Annual report of the Imperial Bacteriological Laboratory, Muktesar
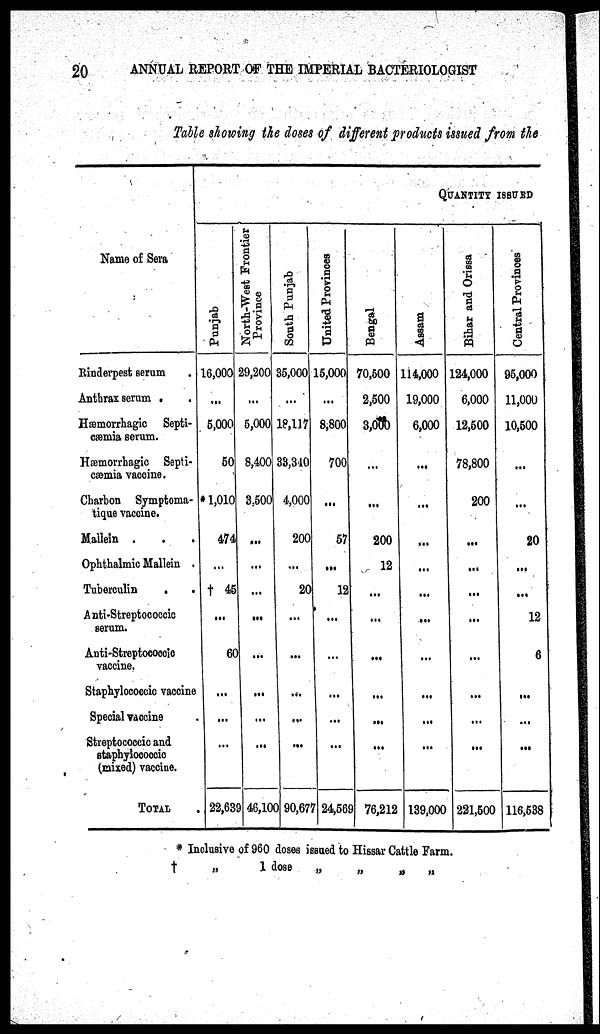
20
ANNUAL REPORT OF THE IMPERIAL BACTERIOLOGIST
Table showing the doses of different products issued from the
Name of Sera
Rinderpest serum
Anthrax serum
Hæmorrhagic Septi-
cæmia serum.
Hæmorrhagic Septi-
cæmia vaccine.
Charbon Symptoma¬
tique vaccine.
Mallein
Ophthalmic Mallein
Tuberculin
Anti-Streptococcic
serum.
Anti-Streptococcic
vaccine.
Staphylococcic vaccine
Special vaccine
Streptococcic and
staphylococcic
(mixed) vaccine.
TOTAL
Punjab
16,000
...
5,000
50
1,010
474
...
† 45
...
60
...
...
...
22,639
North-West Frontier
Province
29,200
...
5,000
8,400
3,500
...
...
...
...
...
...
...
...
46,100
South Punjab
35,000
...
18,117
33,340
4,000
200
...
20
...
...
...
...
...
90,677
United Provinces
15,000
...
8,800
700
...
57
...
12
...
...
...
...
...
24,569
Bengal
70,500
2,500
3,000
...
...
200
12
...
...
...
...
...
...
76,212
QUANTITY ISSUED
Assam
114,000
19,000
6,000
...
...
...
...
...
...
...
...
...
...
139,000
Bihar and Orissa
124,000
6,000
12,500
78,800
200
...
...
...
...
...
...
...
...
221,500
Central Provinces
95,000
11,000
10,500
...
...
20
...
...
12
6
...
...
...
116,538
* Inclusive of 960 doses issued to Hissar Cattle Farm.
†
„
1 dose
„
„
„